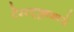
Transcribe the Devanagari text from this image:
टेस्टट्यूबमध्ये